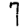
Digit: 7